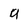
Character: 9